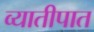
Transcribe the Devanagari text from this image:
व्यातीपात